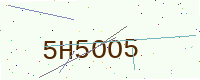
Text: 5H5OO5